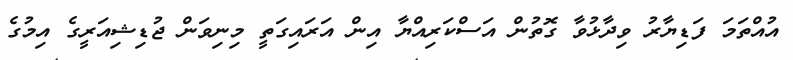
އުއްތަމަ ފަޑިޔާރު ވިދާޅުވާ ގޮތުން އަސްކަރިއްޔާ އިން އަރައިގަތީ މިނިވަން ޖުޑިޝިއަރީގެ އިމުގެ